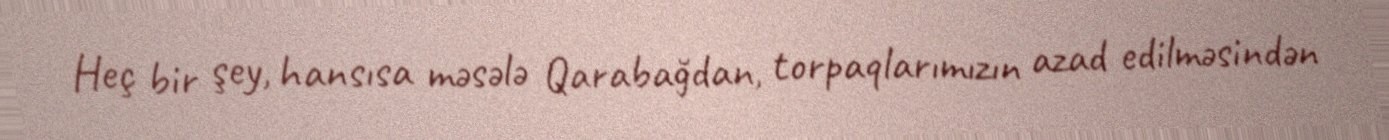
Heç bir şey, hansısa məsələ Qarabağdan, torpaqlarımızın azad edilməsindən